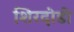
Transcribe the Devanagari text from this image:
शिरदोडी